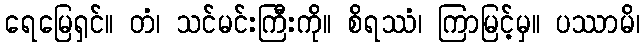
ရေမြေရှင်။ တံ၊ သင်မင်းကြီးကို။ စိရဿံ၊ ကြာမြင့်မှ။ ပဿာမိ၊